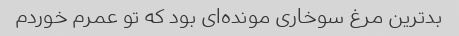
بدترین مرغ سوخاری مونده‌ای بود که تو عمرم خوردم